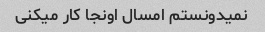
نمیدونستم امسال اونجا کار میکنی